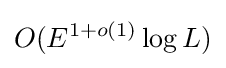
O(E^{1+o(1)}\log L)